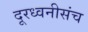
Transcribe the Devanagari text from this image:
दूरध्वनीसंच